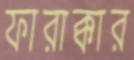
ফারাক্কার